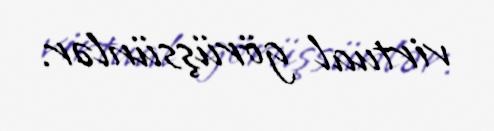
virtual görüşsünlər.